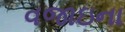
વજાઇના